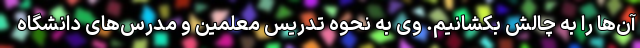
آن‌ها را به چالش بکشانیم. وی به نحوه تدریس معلمین و مدرس‌های دانشگاه